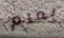
بعام